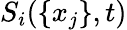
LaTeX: S_{i}(\{ x_{j}\} ,t)